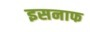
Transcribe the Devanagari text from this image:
इसनाफ